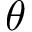
\theta